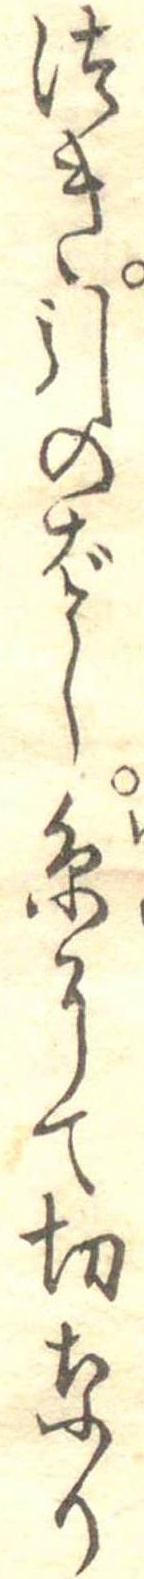
つき引のばし糸にて切なり